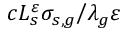
{ c L _ { s } ^ { \varepsilon } \sigma _ { s , g } \mathord { \left/ { \vphantom { c L _ { s } ^ { \varepsilon } \sigma _ { s , g } \lambda _ { g } \varepsilon } } \right. \kern - \nulldelimiterspace } \lambda _ { g } \varepsilon }